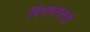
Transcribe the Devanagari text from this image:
रिंगमास्टर्स